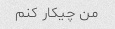
من چیکار کنم